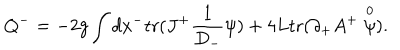
Q ^ { - } = - 2 g \int d x ^ { - } \mathrm { t r } ( J ^ { + } \frac { 1 } { D _ { - } } \psi ) + 4 L \mathrm { t r } ( \partial _ { + } A ^ { + } \stackrel { 0 } { \psi } ) .